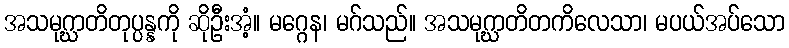
အသမုဂ္ဃာတိတုပ္ပန္နကို ဆိုဦးအံ့။ မဂ္ဂေန၊ မဂ်သည်။ အသမုဂ္ဃာတိတကိလေသာ၊ မပယ်အပ်သော